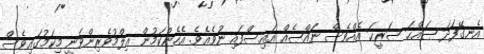
އެނގޭފަދަ ޞައްޙަ ޞަރީޙަ އެއްވެސް ނައްޞެއް އައިސްފައި ނުވެއެވެ. އެހެންކަމުން ޢިލްމުވެރިންވަނީ މިކަމުގައިވެސް